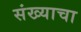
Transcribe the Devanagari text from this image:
संख्याचा